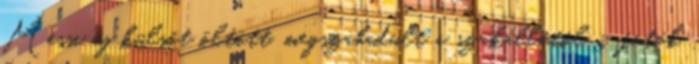
Messi új külsőt öltött, megszabadult a szakállától – fotók